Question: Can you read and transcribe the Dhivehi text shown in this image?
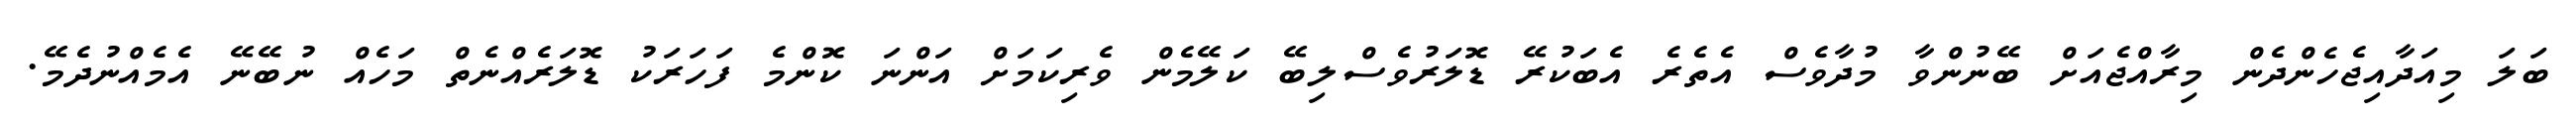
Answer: ބަލަ މިއަދާއިޖެހެންދެން މިރާއްޖެއަށް ބޭނުންވާ މުދާވެސް އެތެރެ އެބަކުރޭ ޑޮލަރުވެސްލިބޭ ކަލޭމެން ވެރިކަމަށް އަންނަ ކޮންމެ ފަހަރަކު ޑޮލަރެއްނެތް މަހެއް ނުބޭނޭ އެމެއްނުދެމޭ.